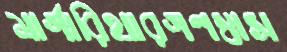
মার্গারিথারগণস্বাস